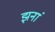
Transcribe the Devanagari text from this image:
झनां